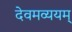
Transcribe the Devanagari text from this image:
देवमव्ययम्